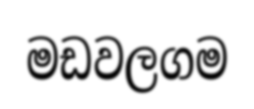
මඩවලගම